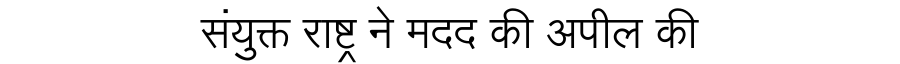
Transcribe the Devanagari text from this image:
संयुक्त राष्ट्र ने मदद की अपील की